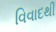
વિવાદથી